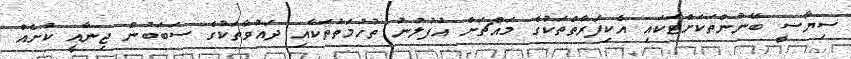
ސިޔާސީ ބޭނުންތަކަށްޓަކައި އެކިފަރާތްތަކުގެ މައްޗަށް އުފުލުނު ތުހުމަތުތަކާއި ދައުވާތަކުގެ ސަބަބުން ޖިނާއީ ކުށެއް